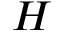
H